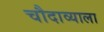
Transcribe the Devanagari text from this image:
चौदाव्याला